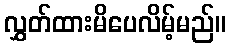
လွှတ်ထားမိပေလိမ့်မည်။